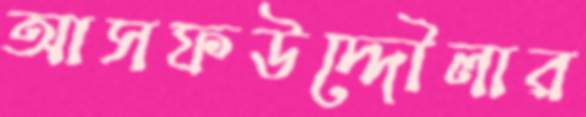
আসফউদ্দৌলার